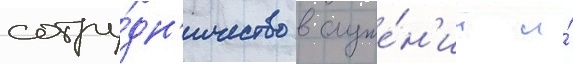
сотру́дн'ичество в служе́н'ии и́